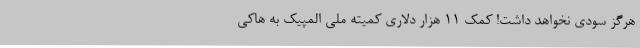
هرگز سودی نخواهد داشت! کمک 11 هزار دلاری کمیته ملی المپیک به هاکی